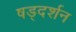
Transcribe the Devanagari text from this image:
षड्‌दर्शन